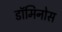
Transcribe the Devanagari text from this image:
डॉमिनोस